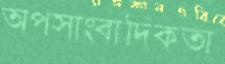
অপসাংবাদিকতা